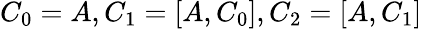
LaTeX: C_{0}=A,C_{1}=[A,C_{0}],C_{2}=[A,C_{1}]